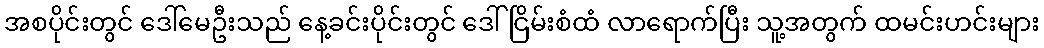
အစပိုင်းတွင် ဒေါ်မေဦးသည် နေ့ခင်းပိုင်းတွင် ဒေါ်ငြိမ်းစံထံ လာရောက်ပြီး သူ့အတွက် ထမင်းဟင်းများ